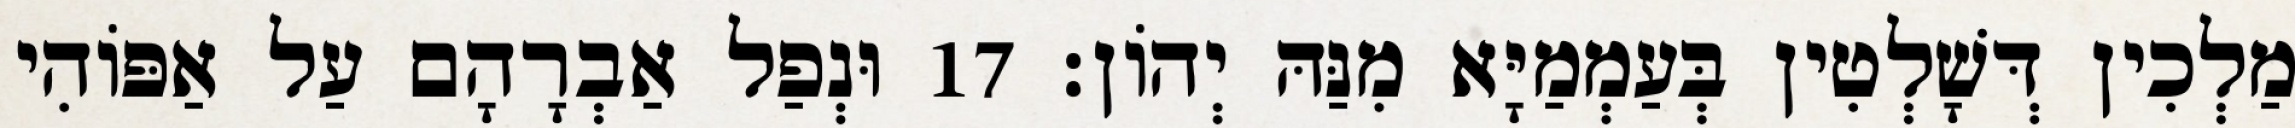
מַלְכִין דְּשָׁלְטִין בְּעַמְמַיָּא מִנַּהּ יְהוֹן׃ 17 וּנְפַל אַבְרָהָם עַל אַפּוֹהִי